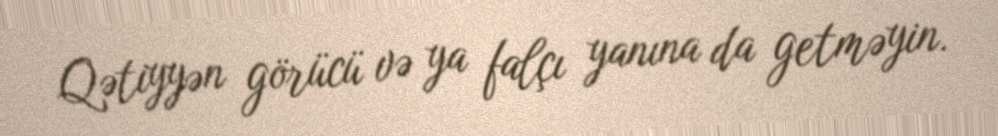
Qətiyyən görücü və ya falçı yanına da getməyin.